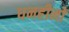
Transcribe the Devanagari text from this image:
धनहीनों